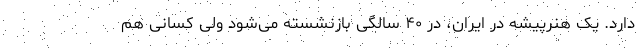
دارد. یک هنرپیشه در ایران، در ۴۰ سالگی بازنشسته می‌شود ولی کسانی هم